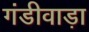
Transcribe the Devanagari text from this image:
गंडीवाड़ा